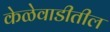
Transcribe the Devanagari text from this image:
केळेवाडीतील